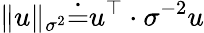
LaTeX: \| u\| _{\sigma^{2}}\dot{=}u^{\top}\cdot{\sigma}^{-2}u